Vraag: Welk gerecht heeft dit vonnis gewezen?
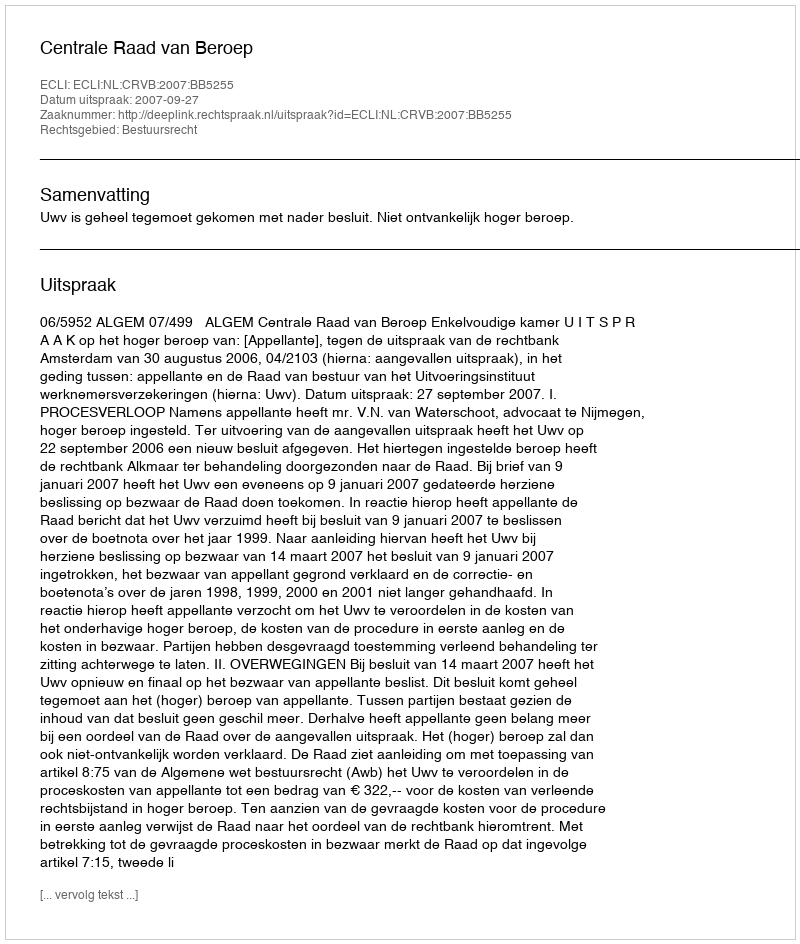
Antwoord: Centrale Raad van Beroep